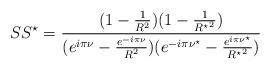
LaTeX: \begin{align*}SS^{\star}=\frac{(1-\frac{1}{R^2})(1-\frac{1}{{R^{\star}}^2}) }{(e^{i\pi\nu}-\frac{e^{-i\pi\nu}}{R^2})(e^{-i\pi\nu^{\star}}-\frac{e^{i\pi\nu^{\star}}}{{R^{\star}}^2})}\end{align*}